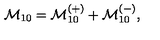
{ \cal M } _ { 1 0 } = { \cal M } _ { 1 0 } ^ { ( + ) } + { \cal M } _ { 1 0 } ^ { ( - ) } ,